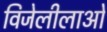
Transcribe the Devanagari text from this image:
विजेलीलाओं